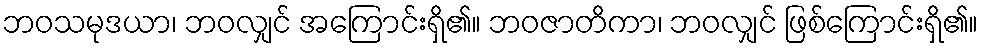
ဘဝသမုဒယာ၊ ဘဝလျှင် အကြောင်းရှိ၏။ ဘဝဇာတိကာ၊ ဘဝလျှင် ဖြစ်ကြောင်းရှိ၏။